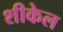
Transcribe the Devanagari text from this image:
शीकेल